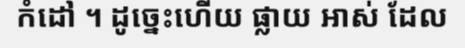
កំដៅ ។ ដូច្នេះហើយ ផ្លាយ អាស់ ដែល